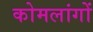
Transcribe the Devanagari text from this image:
कोमलांगों